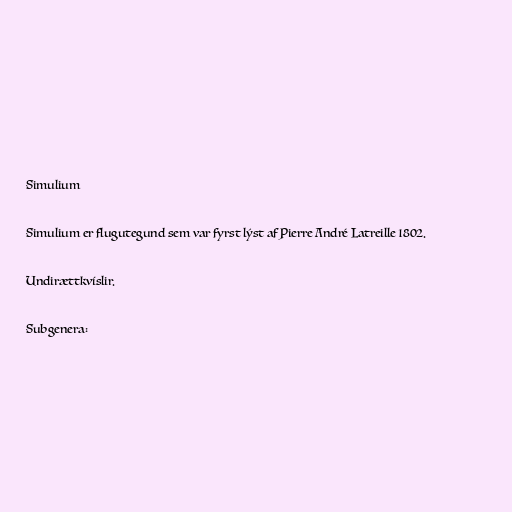
Simulium

Simulium er flugutegund sem var fyrst lýst af Pierre André Latreille 1802.

Undirættkvíslir.

Subgenera: